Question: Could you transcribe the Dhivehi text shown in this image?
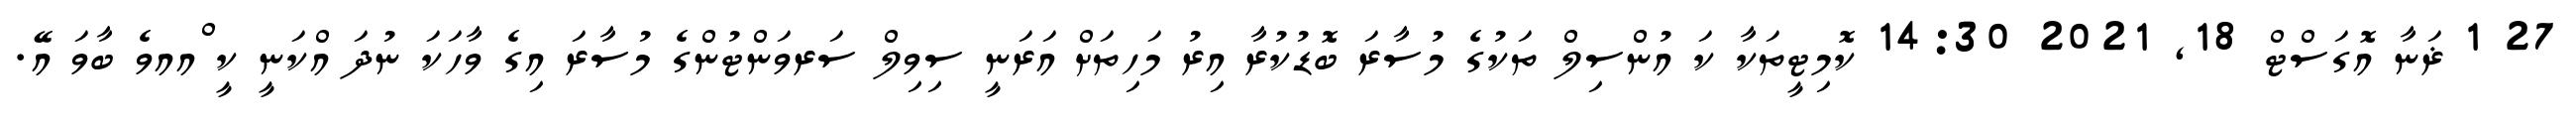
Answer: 27 1 ޜަނާ އޮގަސްޓް 18, 2021 14:30 ކޮމިޓީތަކާ ކަ އުންސިލް ތަކުގެ މުސާރަ ބޮޑުކުރާ އިރު މަހިތަށް އަރަނީ ސިވިލް ސަރވަންޓުންގެ މުސާރަ އިގެ ވާހަކަ ނުދަ އްކަނީ ކީ ްއއވެ ބާވަ އޭ.